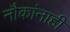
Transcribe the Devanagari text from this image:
नौकांनाही